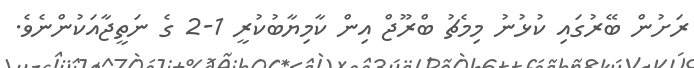
ރަށުން ބޭރުގައި ކުޅުނު މިމެޗު ބްރޫޖް އިން ކާމިޔާބުކުރީ 1-2 ގެ ނަތީޖާއަކުންނެވެ.